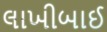
લાખીબાઈ